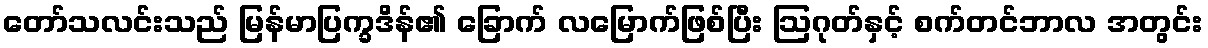
တော်သလင်းသည် မြန်မာပြက္ခဒိန်၏ ခြောက် လမြောက်ဖြစ်ပြီး ဩဂုတ်နှင့် စက်တင်ဘာလ အတွင်း